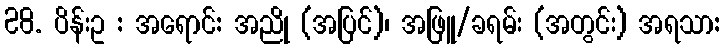
28. ပိန်းဥ : အရောင်: အညို (အပြင်)၊ အဖြူ/ခရမ်း (အတွင်း) အရသာ: